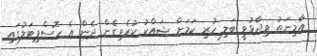
އާމިނަތު ވިދާޅުވީ ބަލި ހުރި ކަމަށް ޝައްކު ކުރެވިގެން ދެން އެ ހޮސްޕިޓަލުގައި